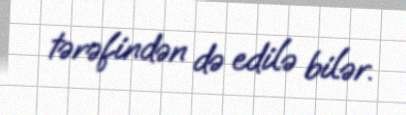
tərəfindən də edilə bilər.